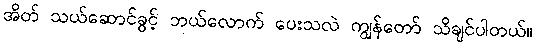
အိတ် သယ်ဆောင်ခွင့် ဘယ်လောက် ပေးသလဲ ကျွန်တော် သိချင်ပါတယ်။